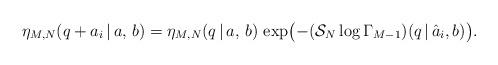
LaTeX: \begin{align*}\eta_{M, N}(q+a_i\,|\,a,\,b) =\eta_{M, N}(q\,|\,a,\,b)\,\exp\bigl(-(\mathcal{S}_N\log\Gamma_{M-1})(q\,|\,\hat{a}_i, b)\bigr). \end{align*}